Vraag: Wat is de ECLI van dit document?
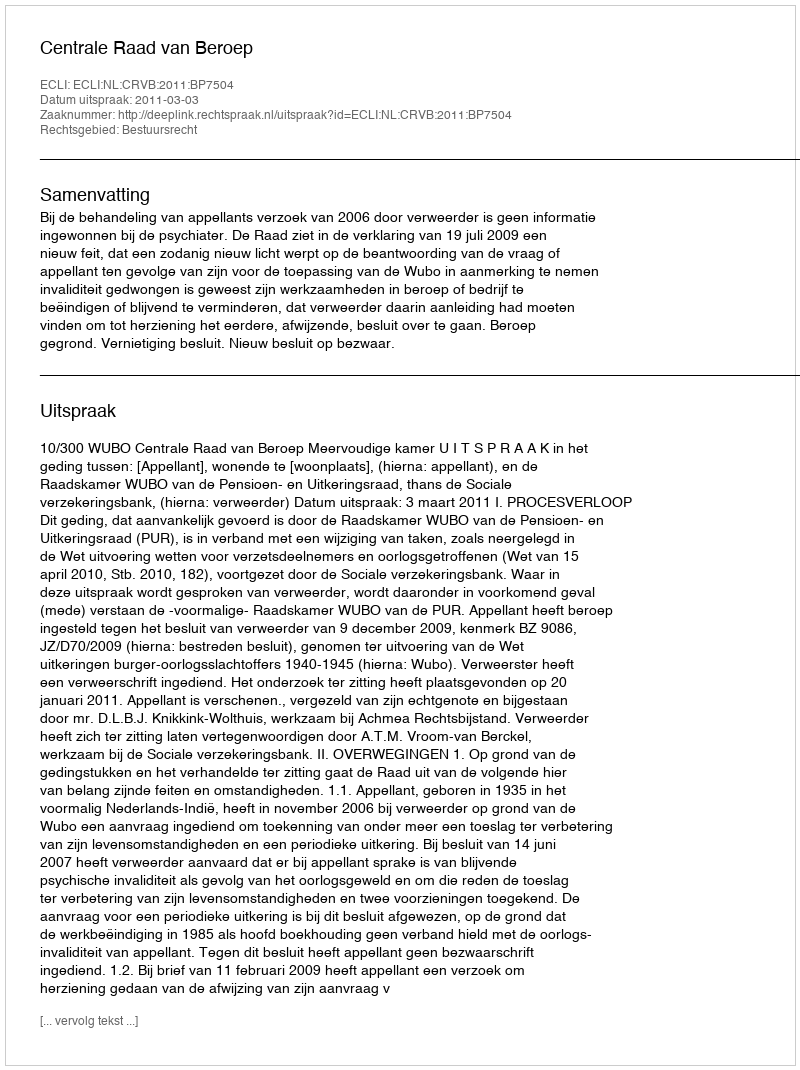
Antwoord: ECLI:NL:CRVB:2011:BP7504